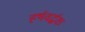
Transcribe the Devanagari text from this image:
हर्षवर्द्धक